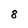
Character: 8